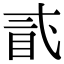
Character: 𥄽